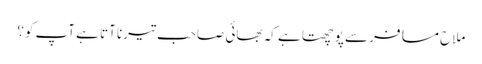
ملاح مسافر سے پوچھتا ہے کہ بھائی صاحب تیرنا آتا ہے آپ کو؟